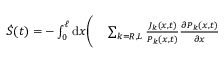
\begin{array} { r l } { \dot { S } ( t ) = - \int _ { 0 } ^ { \ell } \mathrm { d } x \Bigg ( } & { { } \sum _ { k = R , L } \frac { J _ { k } ( x , t ) } { P _ { k } ( x , t ) } \frac { \partial P _ { k } ( x , t ) } { \partial x } } \end{array}